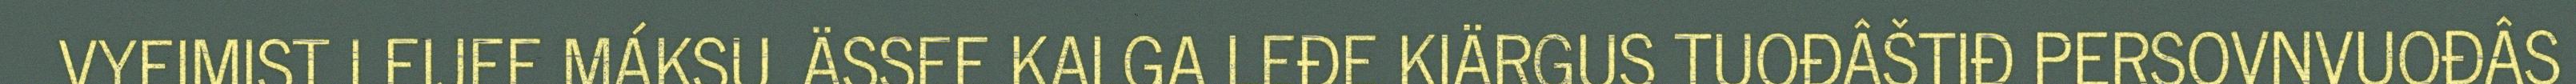
VYEIMIST LEIJEE MÁKSU. ÄSSEE KALGA LEĐE KIÄRGUS TUOĐÂŠTIĐ PERSOVNVUOĐÂS